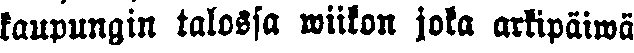
taupunain talossa wiikon joka arkipäiwä